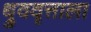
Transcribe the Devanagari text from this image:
ध्रुववृत्ताला